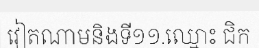
វៀតណាមនិងទី១១.ឈ្មោះ ជិក